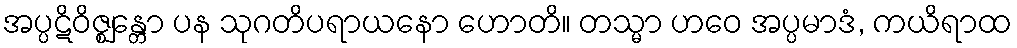
အပ္ပဋိဝိဇ္ဈန္တော ပန သုဂတိပရာယနော ဟောတိ။ တသ္မာ ဟဝေ အပ္ပမာဒံ, ကယိရာထ